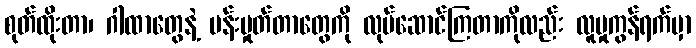
စုတ်ထိုးတာ၊ ဂါထာတွေနဲ့ မန်းမှုတ်တာတွေကို လုပ်ဆောင်ကြတာကိုလည်း လူမှုကွန်ရက်မှာ